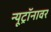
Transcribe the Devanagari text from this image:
न्यूट्रॉनावर